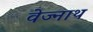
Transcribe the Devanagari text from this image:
वेज्नाथ